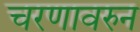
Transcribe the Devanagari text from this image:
चरणावरुन